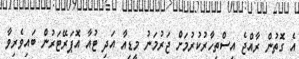
އެ ގޮތުން ރާއްޖެ އިސްތިހާރުކުރުމަށް ޖަރުމަނު މީޑިއާ އަދި ޓުއާ އޮޕަރޭޓަރުން ބައިވެރިވާ